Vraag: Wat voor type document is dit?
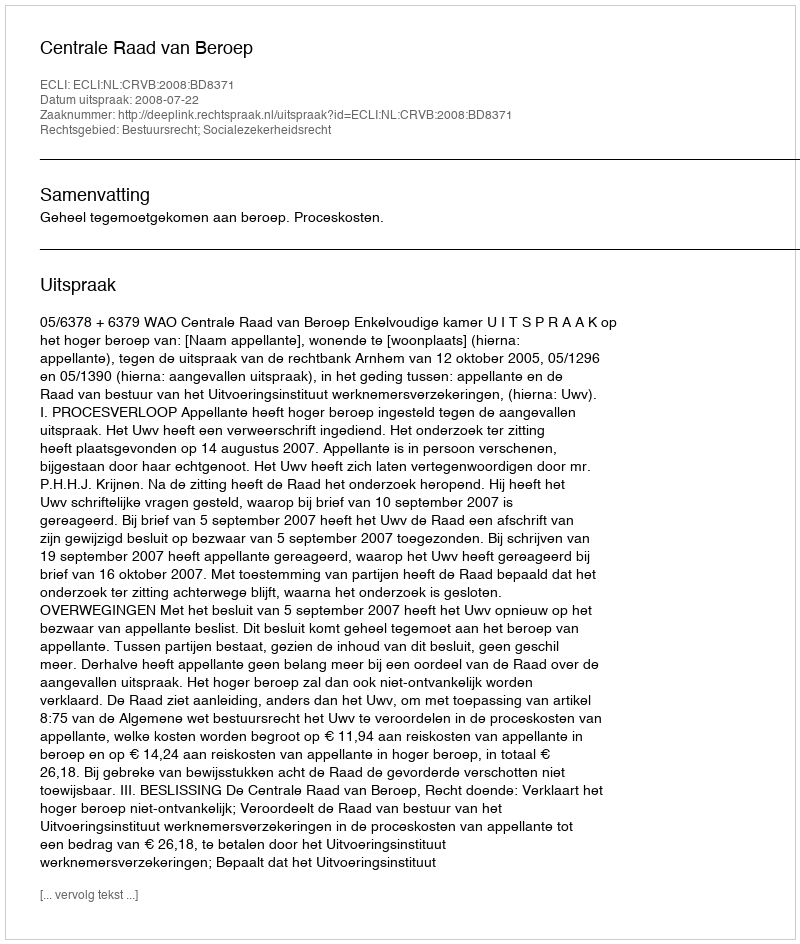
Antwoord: Uitspraak